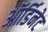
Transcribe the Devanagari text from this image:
ऑर्डिनेट